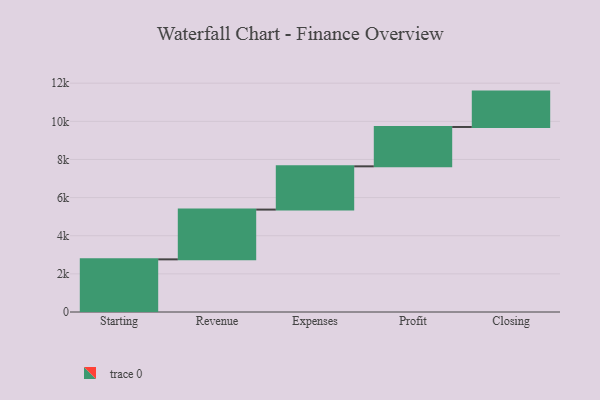
{"axis": {"x": "Step", "y": "Value"}, "legend": [""], "data": [{"x": "Starting", "y": 2761.0, "type": ""}, {"x": "Revenue", "y": 2610.0, "type": ""}, {"x": "Expenses", "y": 2269.0, "type": ""}, {"x": "Profit", "y": 2064.0, "type": ""}, {"x": "Closing", "y": 1855.0, "type": ""}]}